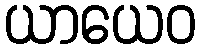
ယာယေဝ